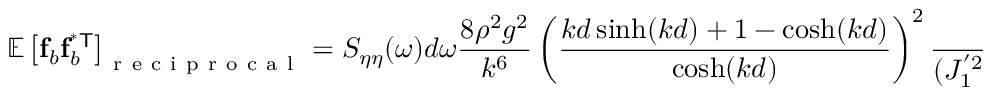
\mathbb { E } \left[ \mathbf { f } _ { b } \mathbf { f } _ { b } ^ { \mathsf { ^ { * } T } } \right] _ { \mathrm { ~ r ~ e ~ c ~ i ~ p ~ r ~ o ~ c ~ a ~ l ~ } } = S _ { \eta \eta } ( \omega ) d \omega \frac { 8 \rho ^ { 2 } g ^ { 2 } } { k ^ { 6 } } \left( \frac { k d \sinh ( k d ) + 1 - \cosh ( k d ) } { \cosh ( k d ) } \right) ^ { 2 } \frac { 1 } { ( J _ { 1 } ^ { ' 2 } ( k a ) + Y _ { 1 } ^ { ' 2 } ( k a ) ) } \left[ \begin{array} { l l } { 1 } & { 0 } \\ { 0 } & { 1 } \end{array} \right]